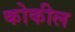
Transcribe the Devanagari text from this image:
कोकील